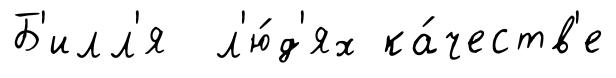
Б'илл'я л'ю́д'ях ка́честв'е